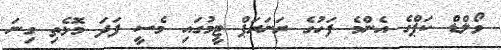
ވޯލްޑް ކަޕްގެ އެންމެ ފަހުގެ ރަނަރަޕް ޓީމުގައި މެސީ ފަދަ މޮޅެތި ގިނަ